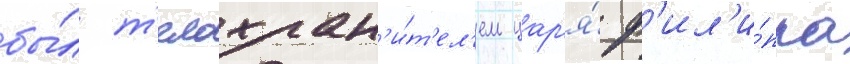
бы́л т'елохран'и́т'ел'ем цар'я́ ф'ил'и́ппа